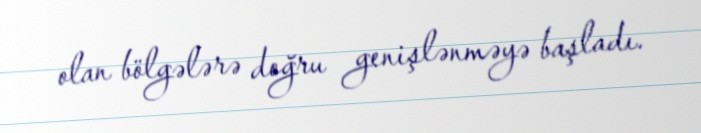
olan bölgələrə doğru genişlənməyə başladı.